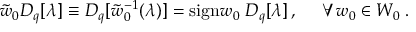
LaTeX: \tilde { w } _ { 0 } D _ { q } [ \lambda ] \equiv D _ { q } [ \tilde { w } _ { 0 } ^ { - 1 } ( \lambda ) ] = \mathrm { s i g n } w _ { 0 } \; D _ { q } [ \lambda ] \, , ~ ~ ~ ~ \forall w _ { 0 } \in { \cal W } _ { 0 } \; .